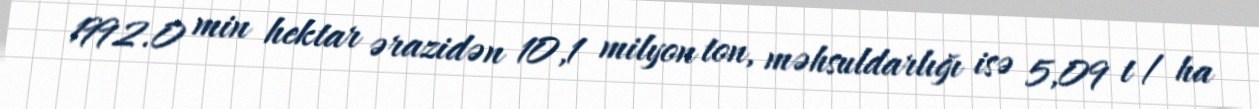
1992.0 min hektar ərazidən 10,1 milyon ton, məhsuldarlığı isə 5,09 t / ha